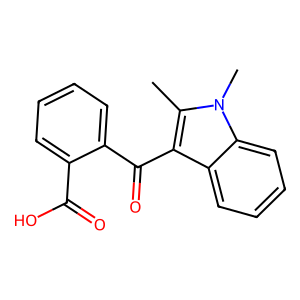
SMILES: Cc1c(C(=O)c2ccccc2C(=O)O)c2ccccc2n1C
Inhibits HIV replication: No